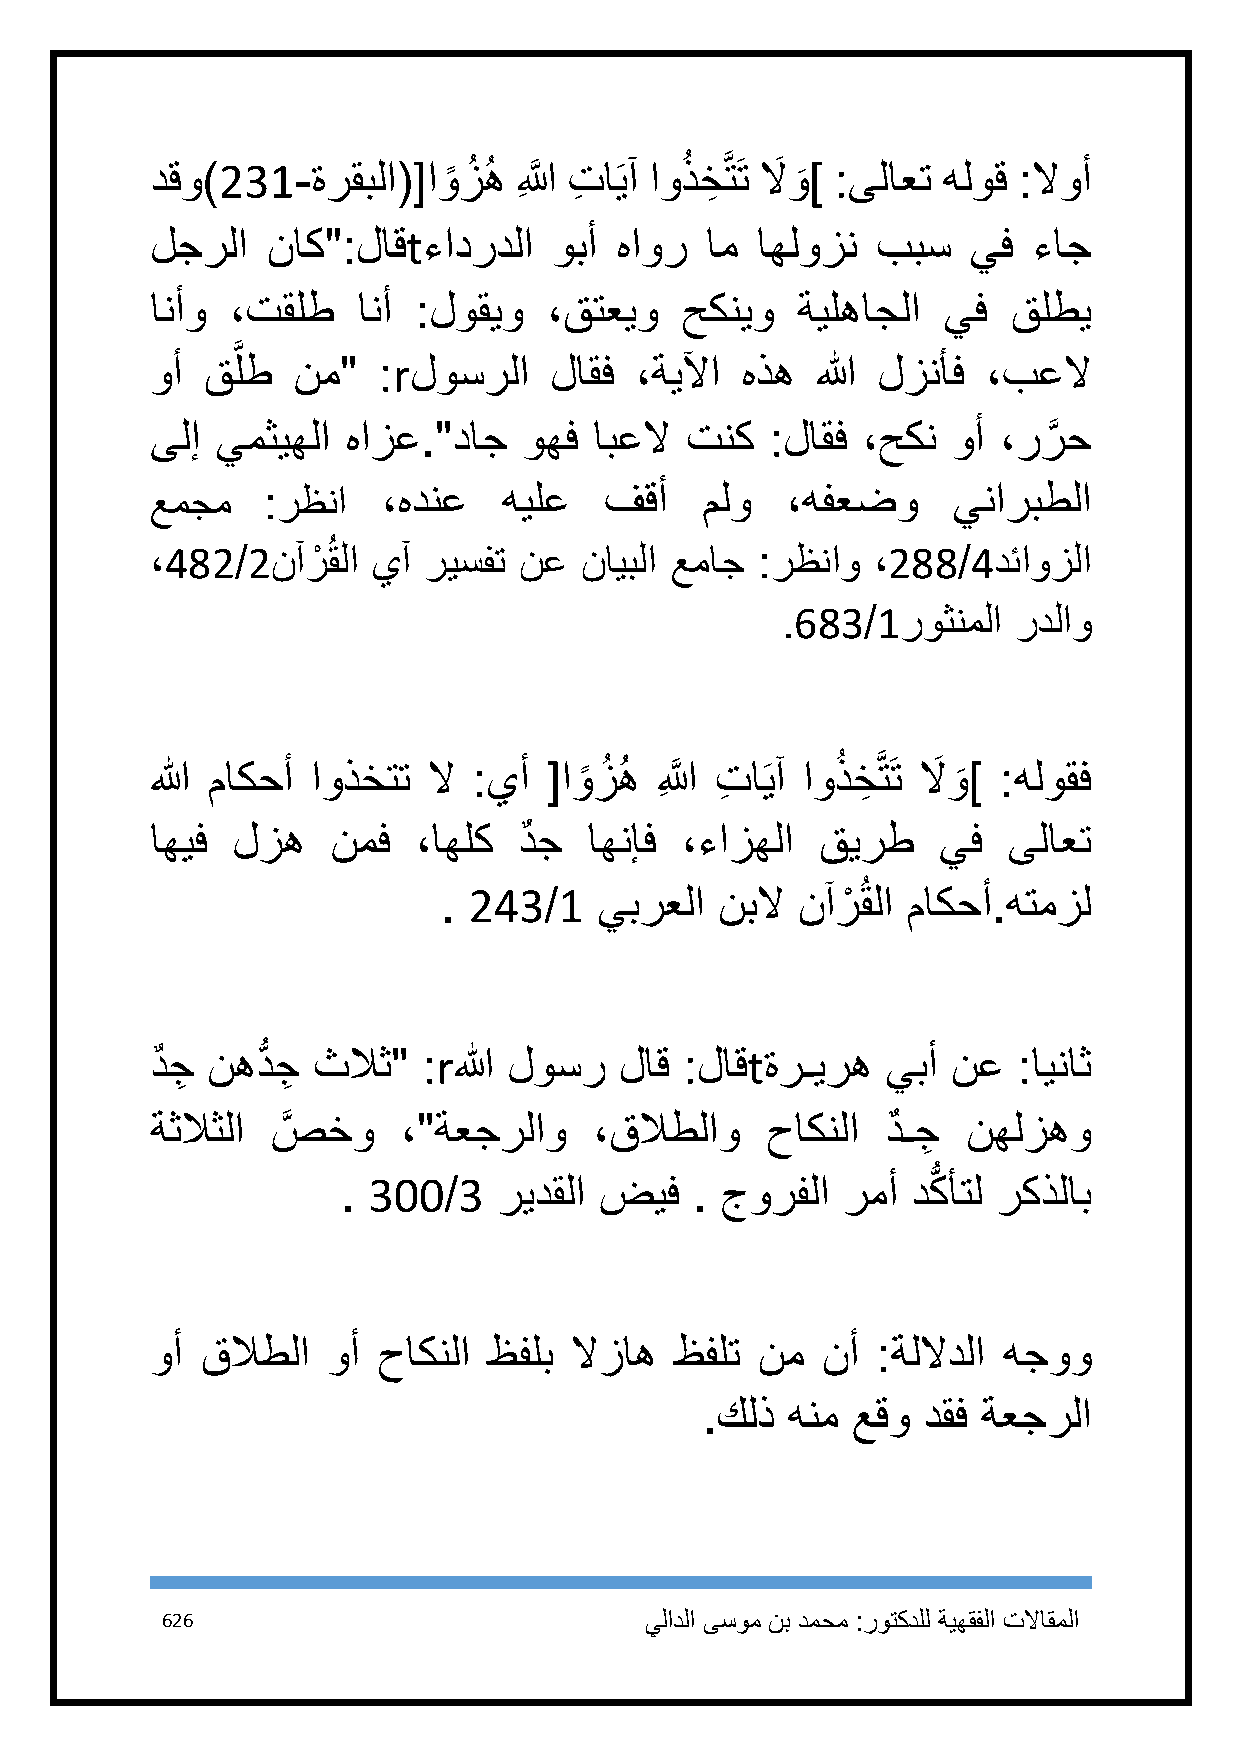
دقو)231-ةرقبلا([او ً زُ هُ اللَِّ َّ تِ اَيآ اوُ ذخِ َّتَت لاَ و َ ] :ىلاعت هلوق :لاوأ
 لجرلا   ناك":لاقtءادردلا   وبأ هاور  ام اهلوزن  ببس   يف  ءاج
 انأو ،تقلط    انأ :لوقيو  ،قتعيو   حكنيو   ةيلهاجلا يف   قلطي
 َّ
 وأ قلط   نم"   :rلوسرلا   لاقف  ،ةيلآا هذه  الله لزنأف ،بعلا
 ىلإ يمثيهلا  هازع."داج   وهف ابعلا تنك   :لاقف ،حكن  وأ ،ررَّ ح
 عمجم   :رظنا   ،هدنع   هيلع   فقأ   ملو   ،هفعضو     يناربطلا
 ،482/2نآرْ  ُقلا يآ ريسفت نع نايبلا عماج :رظناو ،288/4دئاوزلا
 .683/1روثنملا  ردلاو
 الله ماكحأ اوذختت لا :يأ  [او ً زُ هُ اللَِّ َّ تِ اَيآ اوُ ذخِ َّتَت لاَ و َ ] :هلوقف
 اهيف لزه    نمف   ،اهلك دٌ ج اهنإف ،ءازهلا  قيرط    يف   ىلاعت
 . 243/1    يبرعلا  نبلا نآرْ ُقلا ماكحأ.هتمزل
 دٌ جِ نهدُّ جِ ثلاث" :rالله لوسر لاق :لاقtةرـيره يبأ نع  :ايناث
 ةثلاثلا صَّ خو   ،"ةعجرلاو   ،قلاطلاو    حاكنلا  دٌ ـجِ نهلزهو
 . 311/3   ريدقلا ضيف   . جورفلا  رمأ دكُّ أتل ركذلاب
 وأ قلاطلا   وأ حاكنلا ظفلب  لازاه  ظفلت نم  نأ  :ةللادلا هجوو
 .كلذ  هنم عقو  دقف ةعجرلا
 626                             يلادلا ىسوم نب دمحم :روتكدلل ةيهقفلا تلااقملا